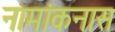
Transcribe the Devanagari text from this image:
नामांकनास